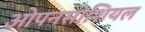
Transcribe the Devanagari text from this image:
ओपनसोशियल